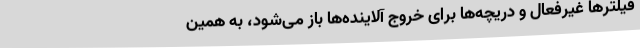
فیلترها غیرفعال و دریچه‌ها برای خروج آلاینده‌ها باز می‌شود، به همین